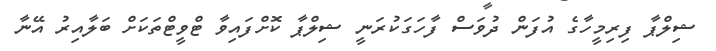
ޝިލްޕާ ފިރިމީހާގެ އުފަން ދުވަސް ފާހަގަކުރަނީ ޝިލްޕާ ކޮށްފައިވާ ޓްވީޓްތަކަށް ބަލާއިރު އޭނާ